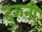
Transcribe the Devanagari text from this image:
दुरुनी